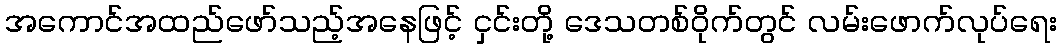
အကောင်အထည်ဖော်သည့်အနေဖြင့် ငှင်းတို့ ဒေသတစ်ဝိုက်တွင် လမ်းဖောက်လုပ်ရေး